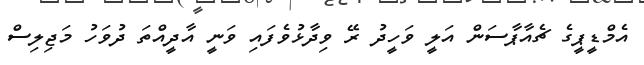
އެމްޑީޕީގެ ޗެއާޕާސަން އަލީ ވަހީދު ރޭ ވިދާޅުވެފައި ވަނީ އާދީއްތަ ދުވަހު މަޖިލިސް